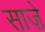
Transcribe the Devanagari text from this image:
साज़े